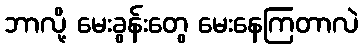
ဘာလို့ မေးခွန်းတွေ မေးနေကြတာလဲ